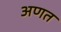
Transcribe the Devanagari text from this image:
अणत